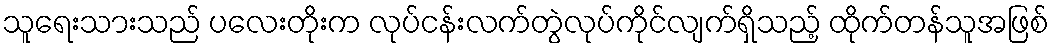
သူရေးသားသည် ပလေးတိုးက လုပ်ငန်းလက်တွဲလုပ်ကိုင်လျက်ရှိသည့် ထိုက်တန်သူအဖြစ်